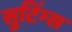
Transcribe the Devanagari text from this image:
सुटिंग्स